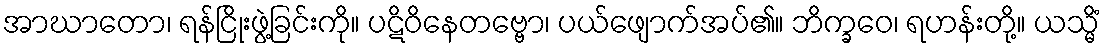
အာဃာတော၊ ရန်ငြိုးဖွဲ့ခြင်းကို။ ပဋိဝိနေတဗ္ဗော၊ ပယ်ဖျောက်အပ်၏။ ဘိက္ခဝေ၊ ရဟန်းတို့။ ယသ္မိံ